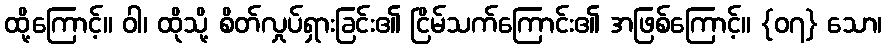
ထို့ကြောင့်။ ဝါ၊ ထိုသို့ စိတ်လှုပ်ရှားခြင်း၏ ငြိမ်သက်ကြောင်း၏ အဖြစ်ကြောင့်။ {၀၇} သော၊